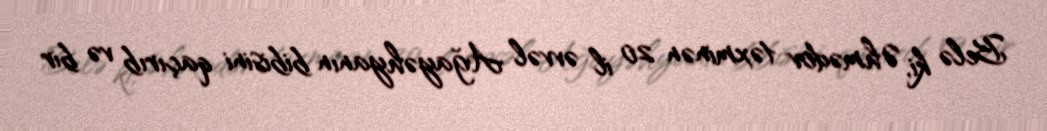
Belə ki, Əhmədov təxminən 20 il əvvəl Ağayəhyanın bibisini qaçırıb və bir